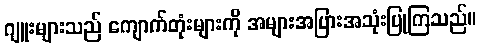
ဂျူးများသည် ကျောက်တုံးများကို အများအပြားအသုံးပြုကြသည်။